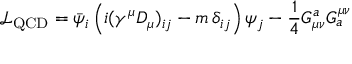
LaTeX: { \mathcal { L } } _ { \mathrm { Q C D } } = { \bar { \psi } } _ { i } \left( i ( \gamma ^ { \mu } D _ { \mu } ) _ { i j } - m \, \delta _ { i j } \right) \psi _ { j } - { \frac { 1 } { 4 } } G _ { \mu \nu } ^ { a } G _ { a } ^ { \mu \nu }